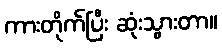
ကားတိုက်ပြီး ဆုံးသွားတာ။